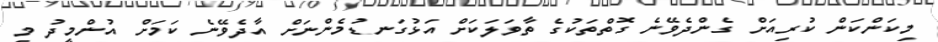
މިކަންކަން ކުރިއަށް ގެންދެވޭނެ ގޮތްތަކުގެ ތާވަލަކަށް އަޅުގަނޑުމެންނަށް އާދެވޭނެ ކަމަށް އުންމީދު މި